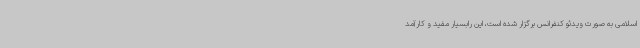
اسلامی به صورت ویدئو کنفرانس برگزار شده است، این رابسیار مفید و کارآمد